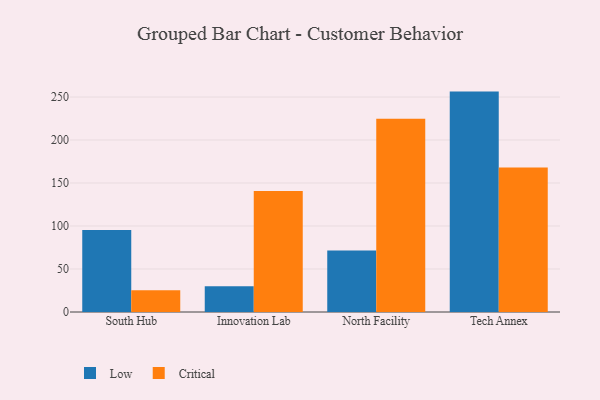
{"axis": {"x": "Campus", "y": "Population (Million)"}, "legend": ["Critical", "Low"], "data": [{"x": "South Hub", "y": 95.4, "type": "Low"}, {"x": "South Hub", "y": 25.3, "type": "Critical"}, {"x": "Innovation Lab", "y": 30.0, "type": "Low"}, {"x": "Innovation Lab", "y": 140.7, "type": "Critical"}, {"x": "North Facility", "y": 71.6, "type": "Low"}, {"x": "North Facility", "y": 224.8, "type": "Critical"}, {"x": "Tech Annex", "y": 256.3, "type": "Low"}, {"x": "Tech Annex", "y": 168.1, "type": "Critical"}]}